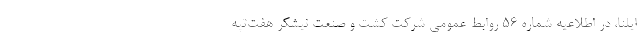
ایلنا، در اطلاعیه شماره ۵۶ روابط عمومی شرکت کشت و صنعت نیشکر هفت‌تپه